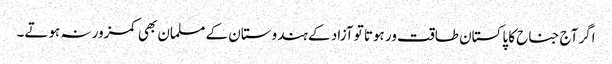
اگر آج جناح کا پاکستان طاقت ور ہوتا تو آزاد کے ہندوستان کے مسلمان بھی کمزور نہ ہوتے۔